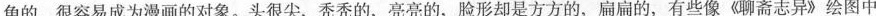
角的，很容易成为漫画的对象。头很尖，秃秃的，亮亮的，脸形却是方方的，扁扁的，有些像《聊斋志异》绘图中